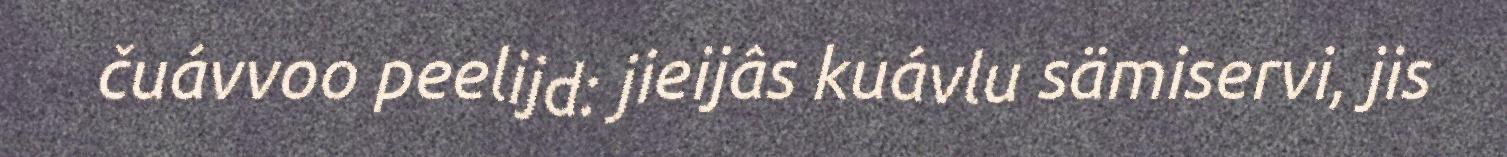
čuávvoo peelijd: jieijâs kuávlu sämiservi, jis